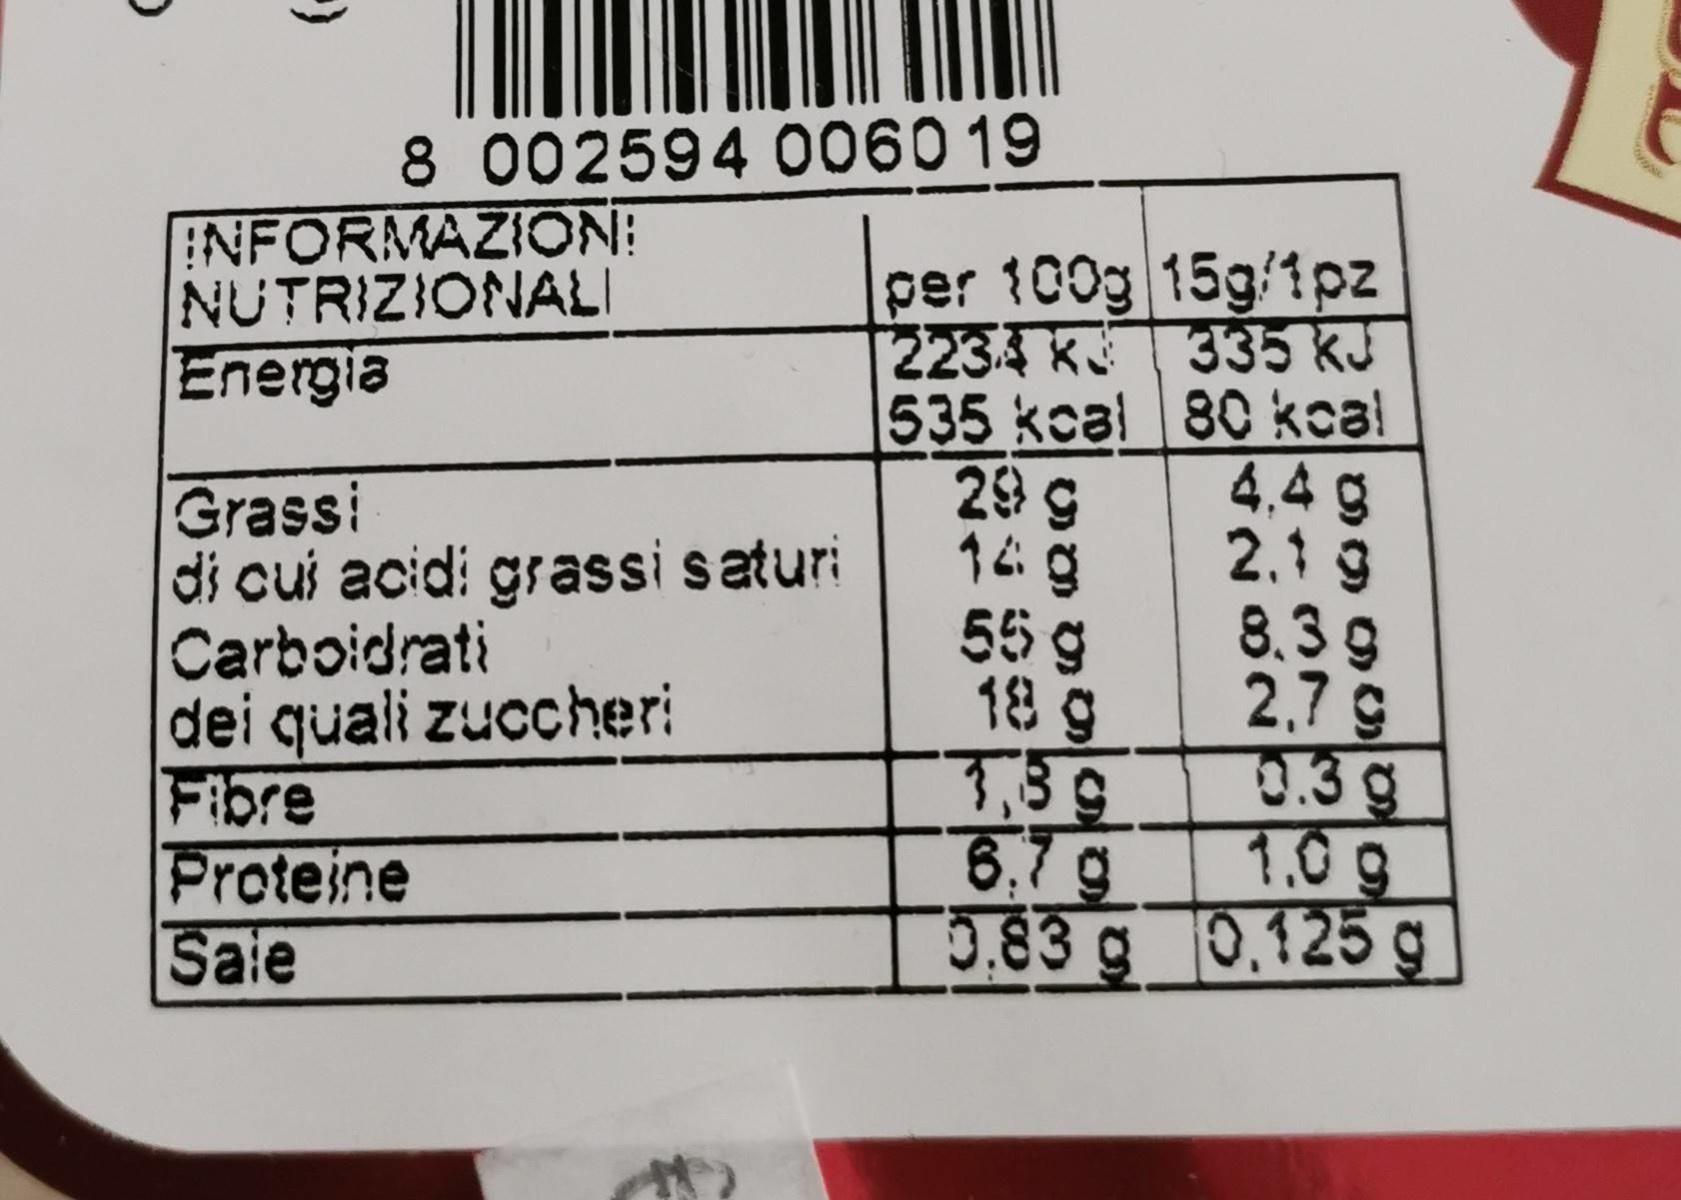
8 002594 0060 19
INFORMAZION! NUTRIZIONALI Energia
per 100g 15g/1pz 2234 K335 kJ 535 kcal 80kcal 4,4 g
29 9
Grassi di cui acidi grassi saturi Carboidrati dei quali zuccheri Fibre Proteine Saie
2.1 9 8.3g
55 g
2,7 g
18 g 7,39
0.3g 7.0g
6,7g 5.83 g 0,125 g